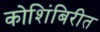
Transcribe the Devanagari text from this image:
कोशिंबिरीत